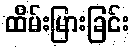
ထိမ်းမြားခြင်း